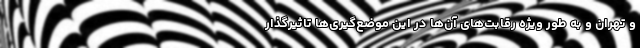
و تهران و به طور ویژه رقابت‌های آن‌ها در این موضع‌گیری‌ها تاثیرگذار